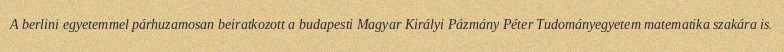
A berlini egyetemmel párhuzamosan beiratkozott a budapesti Magyar Királyi Pázmány Péter Tudományegyetem matematika szakára is.